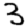
Digit: 3